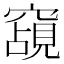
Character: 𮄗